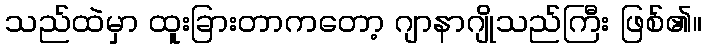
သည်ထဲမှာ ထူးခြားတာကတော့ ဂျာနာဂျိုသည်ကြီး ဖြစ်၏။